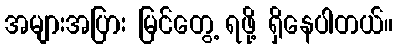
အများအပြား မြင်တွေ့ ရဖို့ ရှိနေပါတယ်။